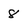
Character: 8